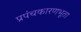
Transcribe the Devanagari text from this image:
प्रपंचकारणभूता